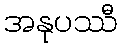
အနုပဿီ